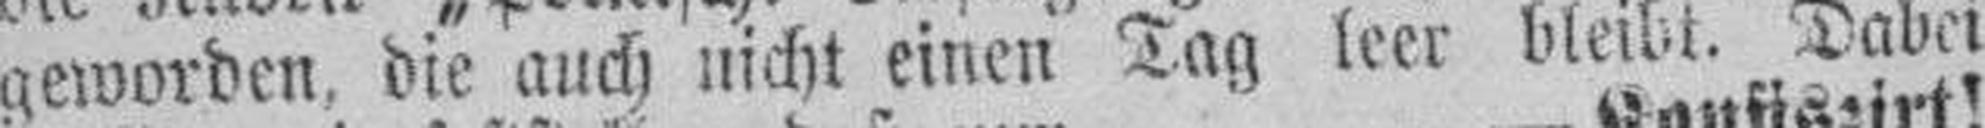
geworden, die auch nicht einen Tag leer bleibt. Dabei